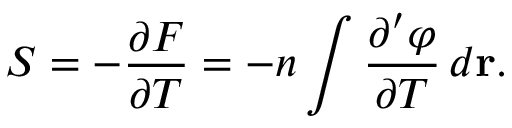
\begin{array} { l } { \displaystyle { S = - \frac { \partial F } { \partial T } = - n \int \frac { \partial ^ { \prime } \varphi } { \partial T } \, d { \bf r } . } } \end{array}